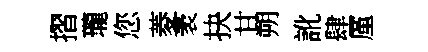
摺瓏您菱袤抉甘朔訛肆厪